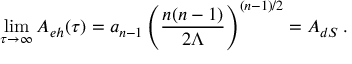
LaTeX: \operatorname * { l i m } _ { \tau \rightarrow \infty } { \cal A } _ { e h } ( \tau ) = a _ { n - 1 } \left( { \frac { n ( n - 1 ) } { 2 \Lambda } } \right) ^ { ( n - 1 ) / 2 } = { \cal A } _ { d S } \, .